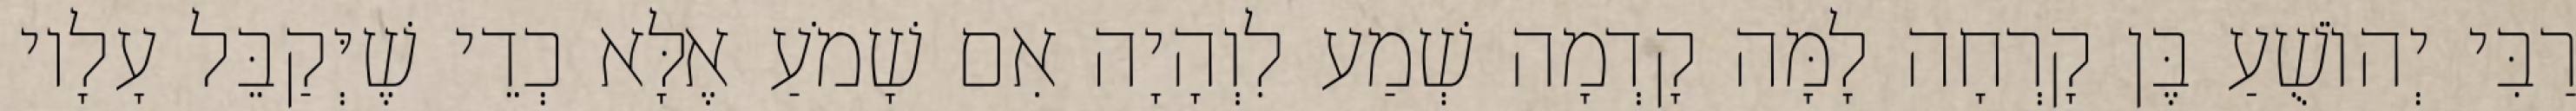
רַבִּי יְהוֹשֻׁעַ בֶּן קָרְחָה לָמָּה קָדְמָה שְׁמַע לִוְהָיָה אִם שָׁמֹעַ אֶלָּא כְדֵי שֶׁיְּקַבֵּל עָלָיו